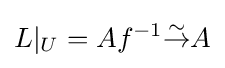
L|_{U}=Af^{-1}{\overset {\sim }{\to }}A